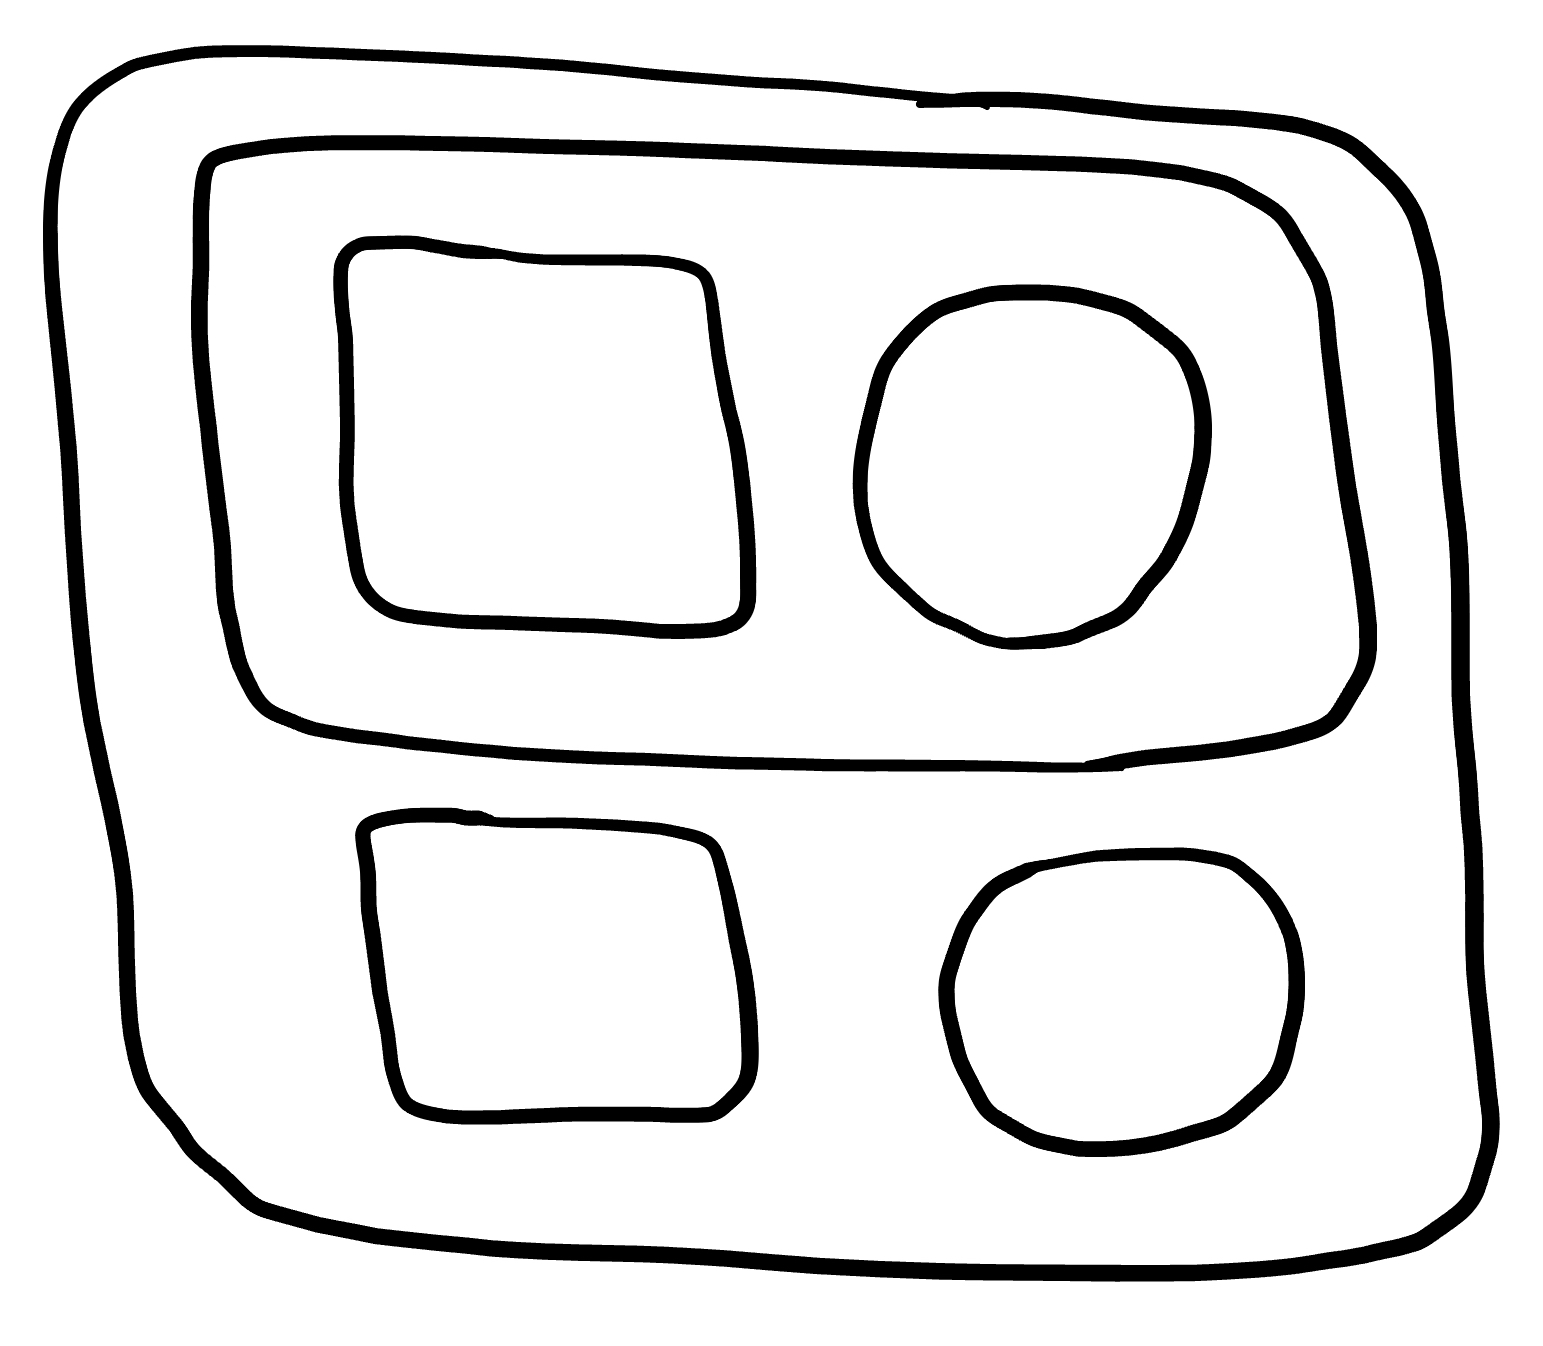
Number of regions (including the outer root region): 7
Containment tree edges (parent, child): 0, 1, 1, 2, 1, 3, 1, 4, 4, 5, 4, 6